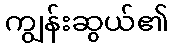
ကျွန်းဆွယ်၏